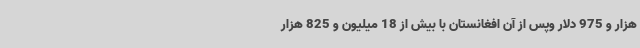
هزار و 975 دلار وپس از آن افغانستان با بیش از 18 میلیون و 825 هزار